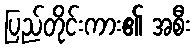
ပြည်တိုင်းကား၏ အစီး